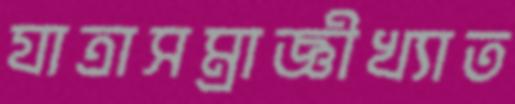
যাত্রাসম্রাজ্ঞীখ্যাত